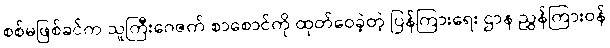
စစ်မဖြစ်ခင်က သူကြီးဂေဇက် စာစောင်ကို ထုတ်ဝေခဲ့တဲ့ ပြန်ကြားရေး ဌာန ညွှန်ကြားဝန်